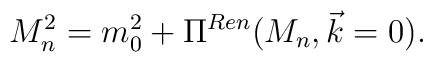
M_n^2 = m_0^2+ \Pi^{Ren} (M_n,\vec k=0).